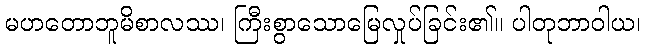
မဟတောဘူမိစာလဿ၊ ကြီးစွာသောမြေလှုပ်ခြင်း၏။ ပါတုဘာဝါယ၊